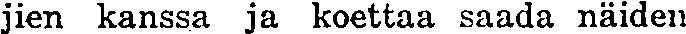
jien kanssa ja koettaa saada näiden